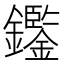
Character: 𨯿